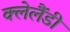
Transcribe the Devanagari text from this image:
क्लेलैंडी